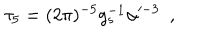
LaTeX: \tau _ { 5 } = ( 2 \pi ) ^ { - 5 } g _ { s } ^ { - 1 } \alpha ^ { - 3 } ~ ~ ,